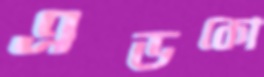
এডকো